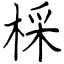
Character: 棌